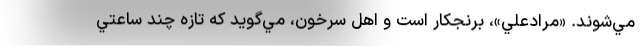
مي‌شوند. «مرادعلي»، برنجكار است و اهل سرخون، مي‌گويد كه تازه چند ساعتي